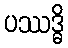
ပဿဒ္ဓိ